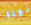
نونا